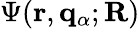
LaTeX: \Psi(\mathbf{r},{\mathbf q}_{\alpha};\mathbf{R})